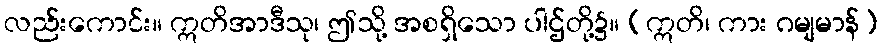
လည်းကောင်း။ ဣတိအာဒီသု၊ ဤသို့ အစရှိသော ပါဌ်တို့၌။ (ဣတိ၊ ကား ဂမျမာန်)